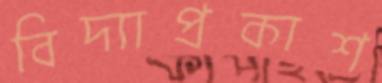
বিদ্যাপ্রকাশ